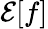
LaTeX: \mathcal{E}[f]